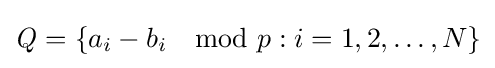
{\mathit {Q}}=\{a_{i}-b_{i}\mod p:i=1,2,\ldots ,N\}